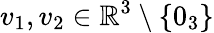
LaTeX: v_{1},v_{2}\in\mathbb{R}^{3}\setminus\{ 0_{3}\}